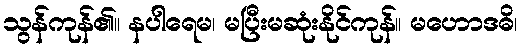
သွန်ကုန်၏။ နပါရေမ၊ မပြီးမဆုံးနိုင်ကုန်။ မဟောဒဓိ၊